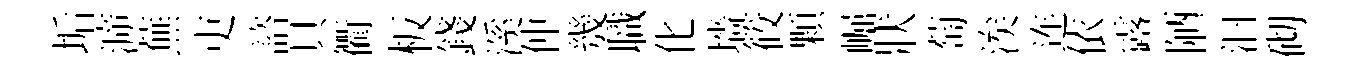
垢㴑蕪吏諮貝衢板錢溪仲㡬職化墻筱顆崛狀萄涘连依露陋汩砌